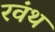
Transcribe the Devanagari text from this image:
रवंथ